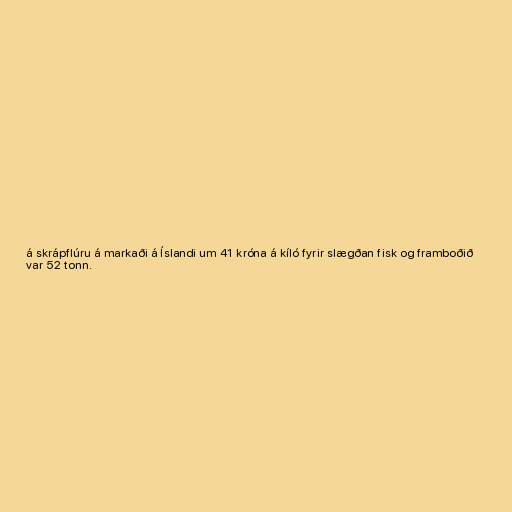
á skrápflúru á markaði á Íslandi um 41 króna á kíló fyrir slægðan fisk og framboðið
var 52 tonn.